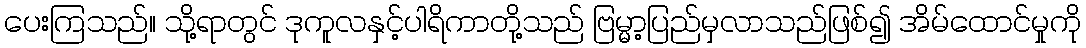
ပေးကြသည်။ သို့ရာတွင် ဒုကူလနှင့်ပါရိကာတို့သည် ဗြမ္မာ့ပြည်မှလာသည်ဖြစ်၍ အိမ်ထောင်မှုကို